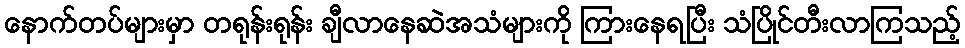
နောက်တပ်များမှာ တရုန်းရုန်း ချီလာနေဆဲအသံများကို ကြားနေရပြီး သံပြိုင်တီးလာကြသည့်